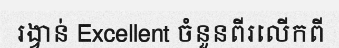
រង្វាន់ Excellent ចំនួនពីរលើកពី